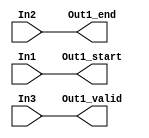
// -------------------------------------------------------------
// 
// 
// Generated by MATLAB 23.2, HDL Coder 23.2, and Simulink 23.2
// 
// -------------------------------------------------------------


// -------------------------------------------------------------
// 
// Module: Sample_Control_Bus_Creator
// Source Path: commrshdl/conv subsystem/Sample Control Bus Creator
// Hierarchy Level: 1
// Model version: 9.74
// 
// -------------------------------------------------------------

`timescale 1 ns / 1 ns

module Sample_Control_Bus_Creator
          (In1,
           In2,
           In3,
           Out1_start,
           Out1_end,
           Out1_valid);


  input   In1;
  input   In2;
  input   In3;
  output  Out1_start;
  output  Out1_end;
  output  Out1_valid;




  assign Out1_start = In1;

  assign Out1_end = In2;

  assign Out1_valid = In3;

endmodule  // Sample_Control_Bus_Creator